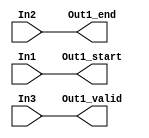
// -------------------------------------------------------------
// 
// 
// Generated by MATLAB 23.2, HDL Coder 23.2, and Simulink 23.2
// 
// -------------------------------------------------------------


// -------------------------------------------------------------
// 
// Module: Sample_Control_Bus_Creator
// Source Path: commrshdl/conv subsystem/Sample Control Bus Creator
// Hierarchy Level: 1
// Model version: 9.74
// 
// -------------------------------------------------------------

`timescale 1 ns / 1 ns

module Sample_Control_Bus_Creator
          (In1,
           In2,
           In3,
           Out1_start,
           Out1_end,
           Out1_valid);


  input   In1;
  input   In2;
  input   In3;
  output  Out1_start;
  output  Out1_end;
  output  Out1_valid;




  assign Out1_start = In1;

  assign Out1_end = In2;

  assign Out1_valid = In3;

endmodule  // Sample_Control_Bus_Creator